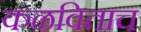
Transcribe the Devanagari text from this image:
कळविताच